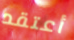
أعتقد